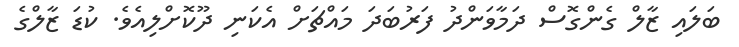
ބަލައި ޒާލް ގެންގޮސް ދަމާވަންދު ފަރުބަދަ މައްޗަށް އެކަނި ދޫކޮށްލިއެވެ. ކުޑަ ޒާލްގެ